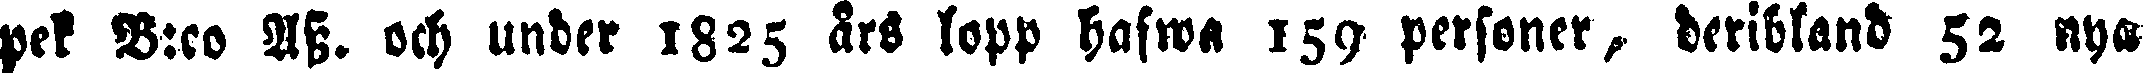
pek B:co Ass. och under 1825 års lopp hafwa 159 personer, deribland 52 nya